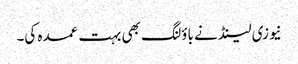
نیوزی لینڈ نے باؤلنگ بھی بہت عمدہ کی۔